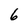
Character: 6